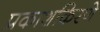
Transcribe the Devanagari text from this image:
प्रकाशकिरणे